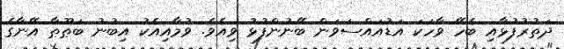
ދަތުރުފުޅާއި ބެހޭ ވާހަކަ އަޑުއައްސަވަން ބޭނުންފުޅު ވިއެވެ. ވުމާއިއެކު އިބުނު ބަޠޫޠާ އޭނާގެ